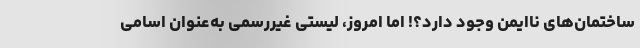
ساختمان‌های ناایمن وجود دارد؟! اما امروز، لیستی غیررسمی به‌عنوان اسامی